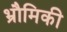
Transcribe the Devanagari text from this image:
भ्रौमिकी